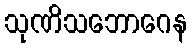
သုဏိသဘောဂေန